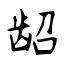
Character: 龆